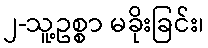
၂-သူ့ဥစ္စာ မခိုးခြင်း၊